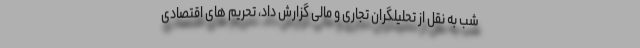
شب به نقل از تحلیلگران تجاری و مالی گزارش داد، تحریم های اقتصادی